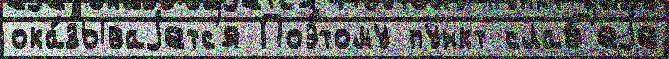
ока́зываjетс'я Поэ́тому пункт слаб'еjе